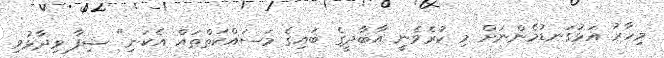
މިހާރު އަޅުގަނޑުމެންނަށް މި ކުރެވެނީ އާބާދީގެ ބައިގެ މަސައްކަތްތައް އެކަނި" ޝިފާ ވިދާޅުވި